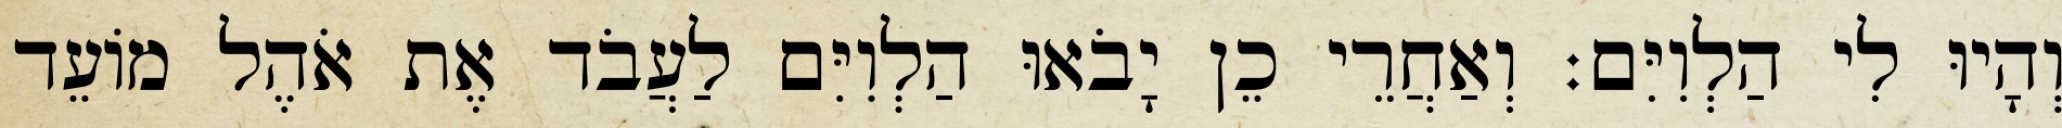
וְהָיוּ לִי הַלְוִיִּם׃ וְאַחֲרֵי כֵן יָבֹאוּ הַלְוִיִּם לַעֲבֹד אֶת אֹהֶל מוֹעֵד